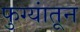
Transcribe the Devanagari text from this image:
फुग्यांतून